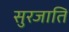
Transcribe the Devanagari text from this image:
सुरजाति